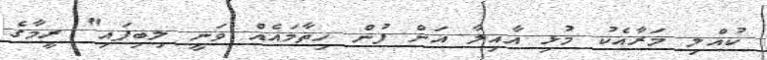
ކުއްލި މަރާއެކު މުޅި އާއިލާ އަށް ފުން ހިތާމައެއް ވަނީ ލިބިފައި" ރީމާގެ